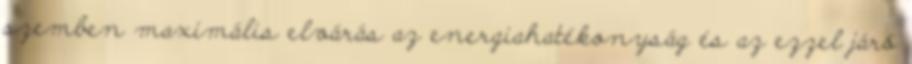
szemben maximális elvárás az energiahatékonyság és az ezzel járó